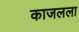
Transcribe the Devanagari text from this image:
काजलला